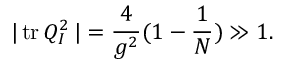
\vert \, \mathrm { t r } \, Q _ { I } ^ { 2 } \, \vert = \frac { 4 } { g ^ { 2 } } ( 1 - \frac { 1 } { N } ) \gg 1 .